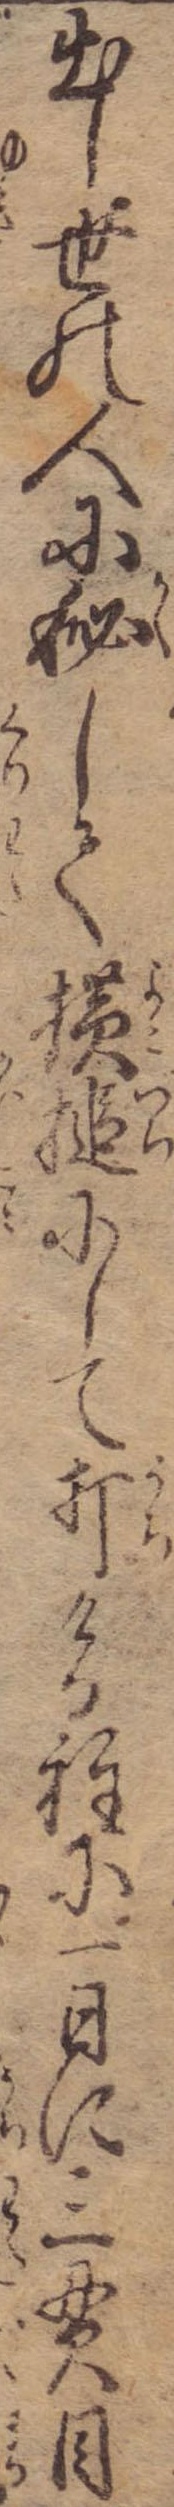
出し世の人に秘して横槌にして打ける程に一日に三貫目